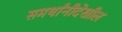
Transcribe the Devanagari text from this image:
समर्थांनीदेखील